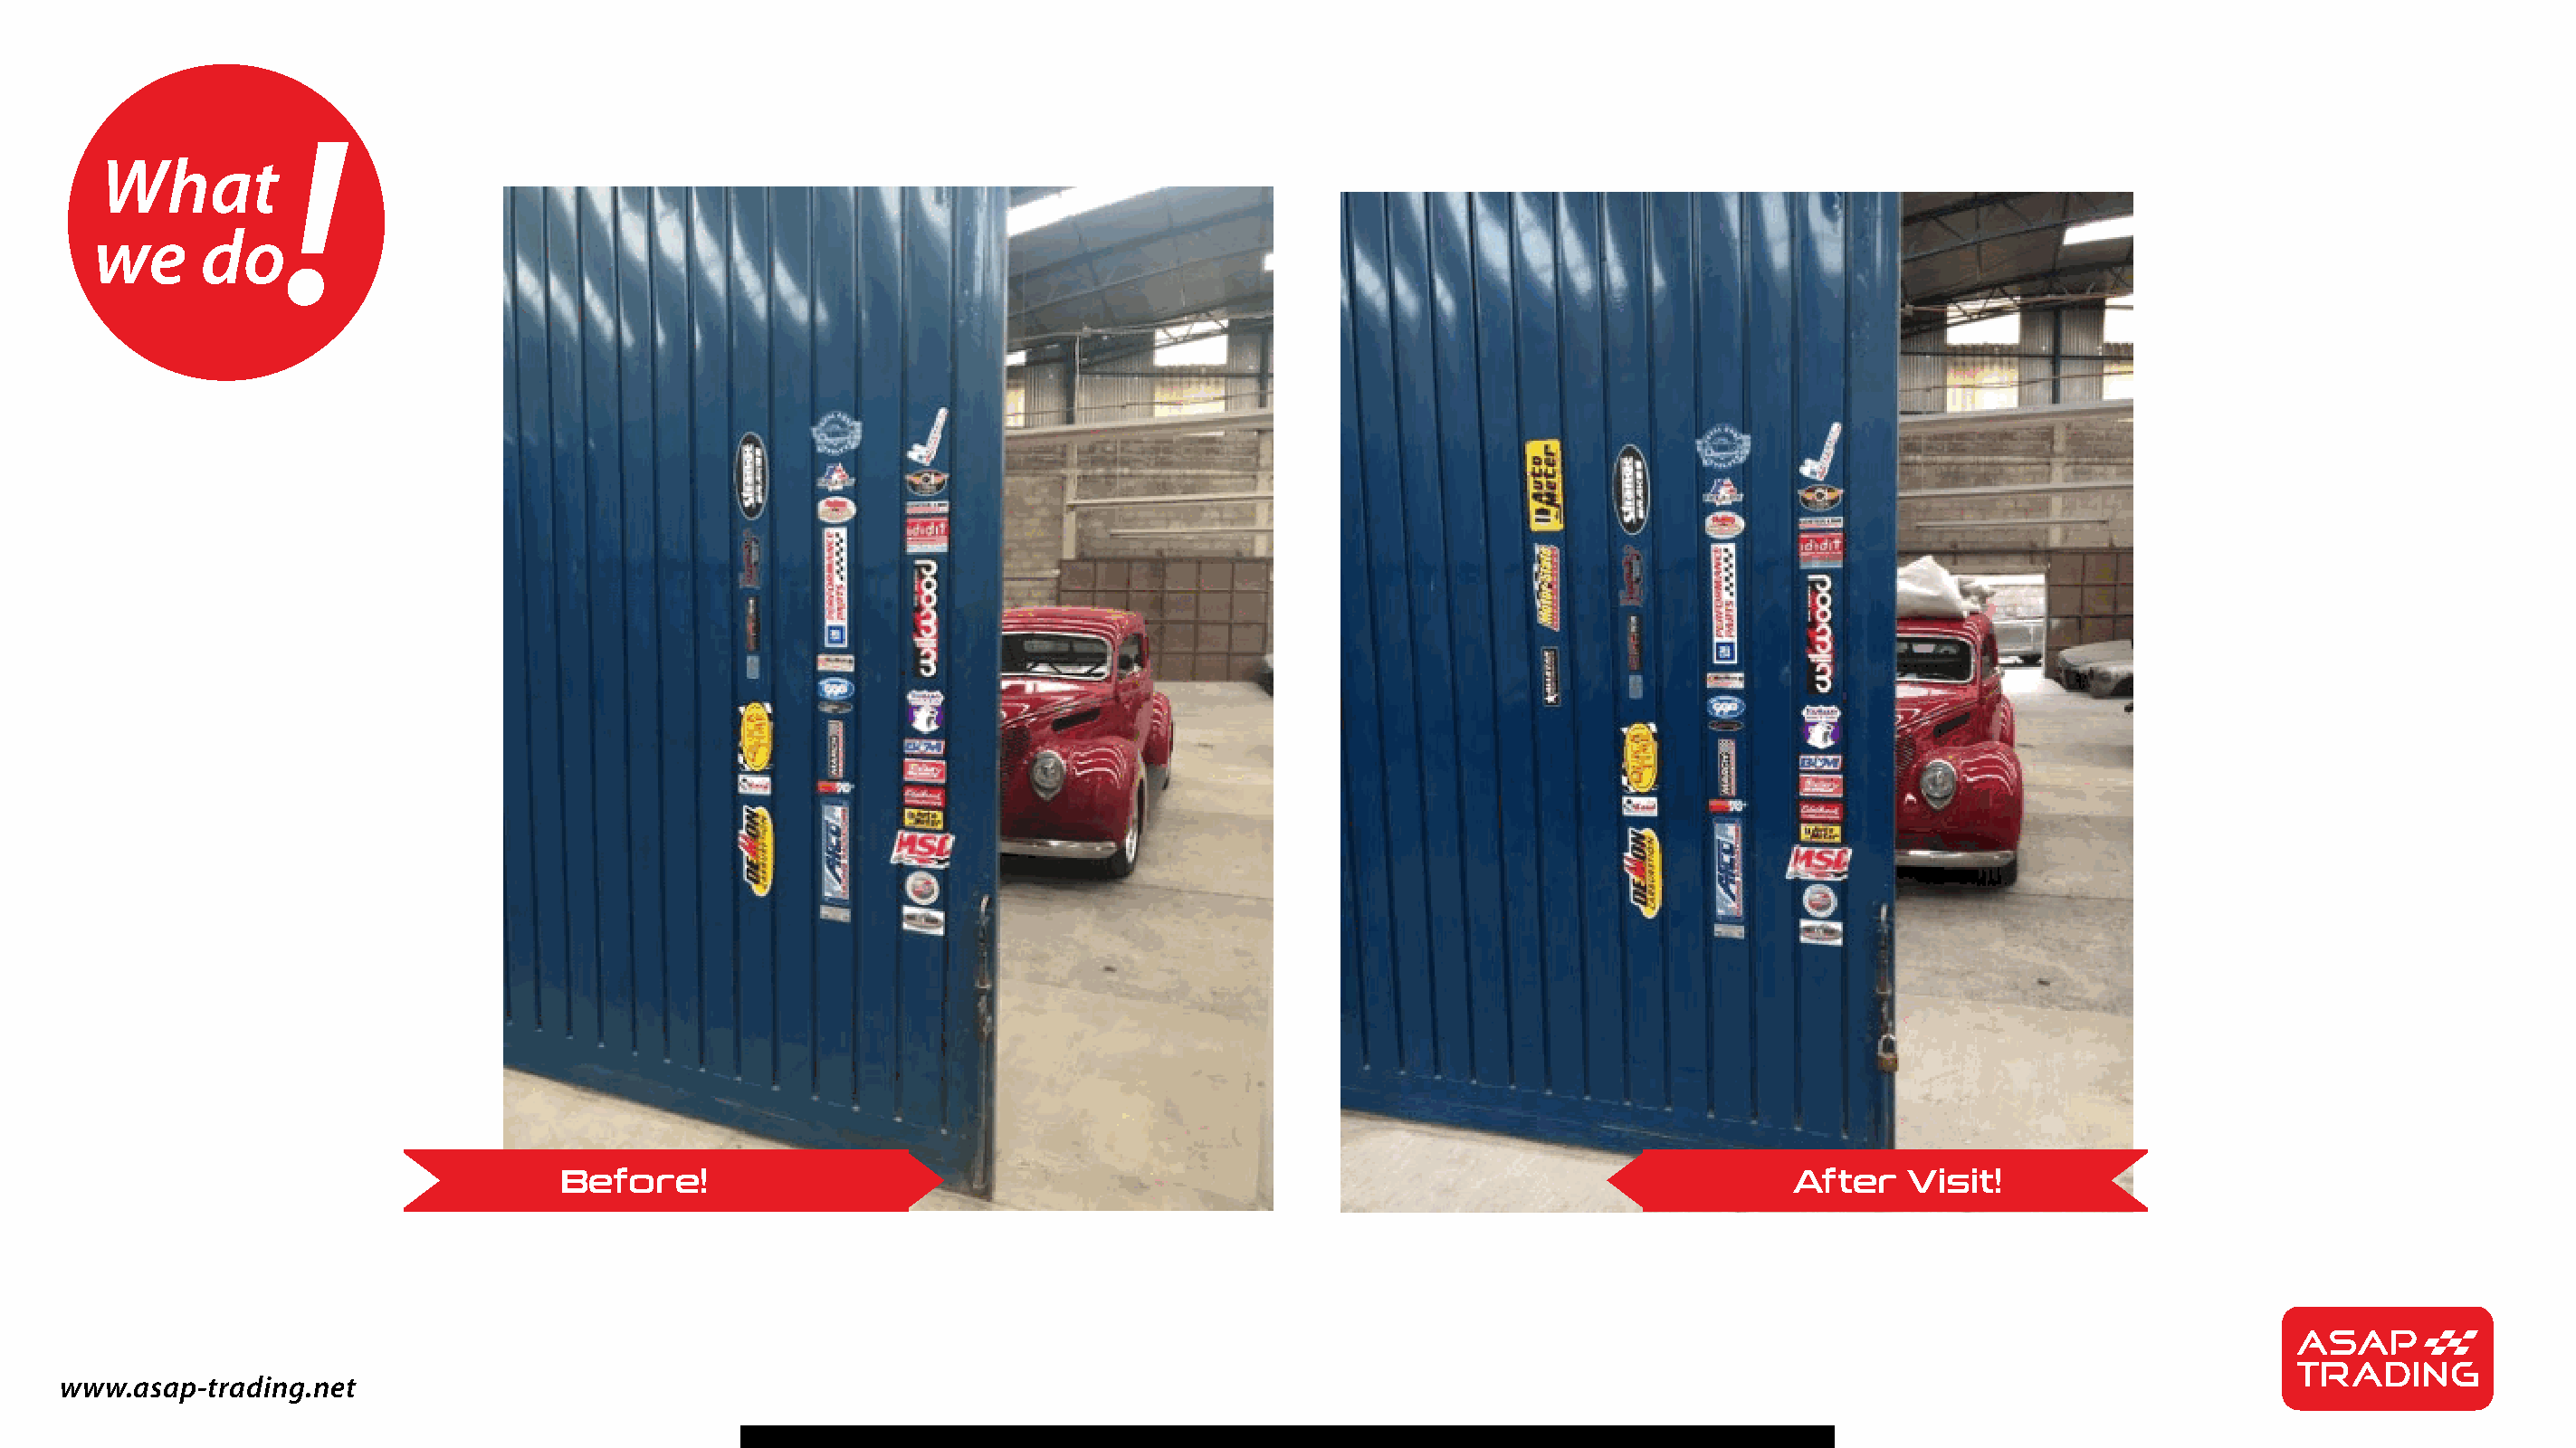
!
 What
 we      do
 Before!                                                                                   After    Visit!
 www.asap-trading.net